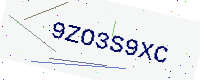
Text: 9ZO3S9XC